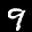
Label: 9